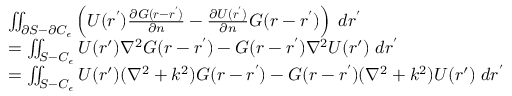
\begin{array} { r l } & { \iint _ { \partial S - \partial C _ { \epsilon } } \left( U ( \boldsymbol { r ^ { \prime } } ) \frac { \partial G ( \boldsymbol { r } - \boldsymbol { r ^ { \prime } } ) } { \partial n } - \frac { \partial U ( \boldsymbol { r ^ { \prime } } ) } { \partial n } G ( \boldsymbol { r } - \boldsymbol { r ^ { \prime } } ) \right) \; d \boldsymbol { r ^ { \prime } } } \\ & { = \iint _ { S - C _ { \epsilon } } U ( \boldsymbol { r } ^ { \prime } ) \nabla ^ { 2 } G ( \boldsymbol { r } - \boldsymbol { r ^ { \prime } } ) - G ( \boldsymbol { r } - \boldsymbol { r ^ { \prime } } ) \nabla ^ { 2 } U ( \boldsymbol { r } ^ { \prime } ) \; d \boldsymbol { r ^ { \prime } } } \\ & { = \iint _ { S - C _ { \epsilon } } U ( \boldsymbol { r } ^ { \prime } ) ( \nabla ^ { 2 } + k ^ { 2 } ) G ( \boldsymbol { r } - \boldsymbol { r ^ { \prime } } ) - G ( \boldsymbol { r } - \boldsymbol { r ^ { \prime } } ) ( \nabla ^ { 2 } + k ^ { 2 } ) U ( \boldsymbol { r } ^ { \prime } ) \; d \boldsymbol { r ^ { \prime } } } \end{array}